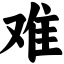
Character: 难